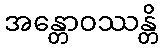
အန္တောဝဿန္တိ